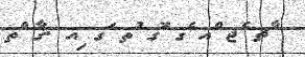
ާޗ ެޖ ްއ ެގ ޮގ ުތ ަގ ިއ .ގާ ްތ